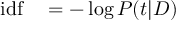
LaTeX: \begin{array} { r l } { \mathrm { i d f } } & { { } = - \log P ( t | D ) } \end{array}